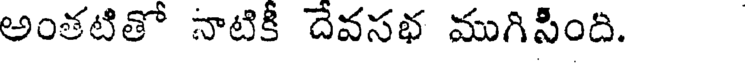
అంతటితో నాటికీ దేవసభ ముగిసింది.